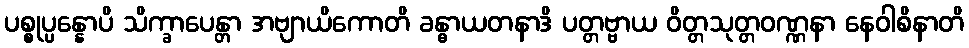
ပစ္စုပ္ပန္နောပိ သိက္ခာပေန္တာ အဗျာယိကောတိ ခန္ဓာယတနာဒိ ပတ္တဗ္ဗာယ ဝိတ္တသုတ္တဝဏ္ဏနာ နေဝါစိနာတိ